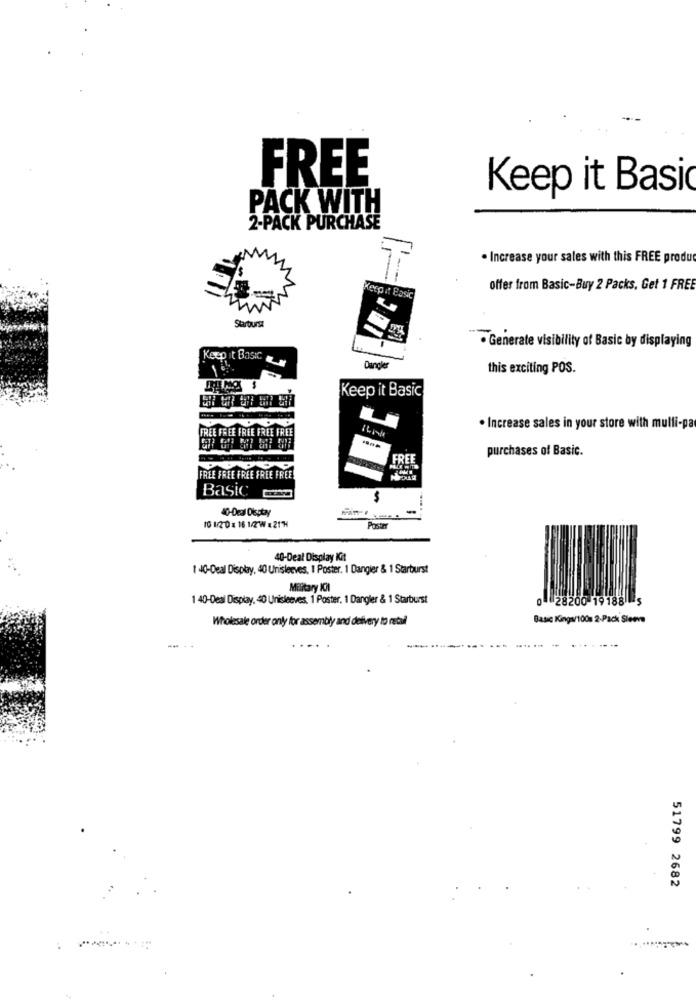
FREE
Keep it Basic
PACK WITH
2-PACK PURCHASE
. Increase your sales with this FREE produ
offer from Basic-Buy 2 Packs, Get 1 FREE
Starburst
· Generate visibility of Basic by displaying
Keep it Basic
Dancke
this exciting POS.
Keep it Basic
FREE FREE FREE FREE FREE
. Increase sales in your store with multi-pa
purchases of Basic.
FREE FREE FREE FREE FREE!
Basic
40-Deal Dlestay
...-
10 1/2 0 x 16 1/2WW 121H
Postnr
40-Deal Display Kit
1 40-Deal Display, 40 Unisleeves, 1 Poster. 1 Dangler & 1 Starburst
Military ICI
1 40-Deal Display, 40 Unisleeves, 1 Poster, 1 Dangler & 1 Starburst
0 28200-19 188
Wholesale order only for assembly and delivery to retail
Basic Kings/100m 2-Pack Sleeve
51799 2682